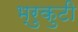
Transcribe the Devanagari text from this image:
भ्रुकुटी